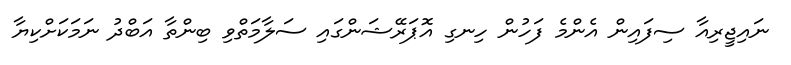
ނައިޖީރިއާ ސިފައިން އެންމެ ފަހުން ހިނގި އޮޕަރޭޝަންގައި ސަލާމަތްވި ބިންތާ އަބްދު ނަމަކަށްކިޔާ